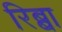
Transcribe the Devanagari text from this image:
रिब्बा